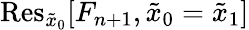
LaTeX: \mathrm{Res}_{\tilde{x}_{0}}[F_{n+1},\tilde{x}_{0}=\tilde{x}_{1}]